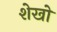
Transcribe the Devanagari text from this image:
शेखो